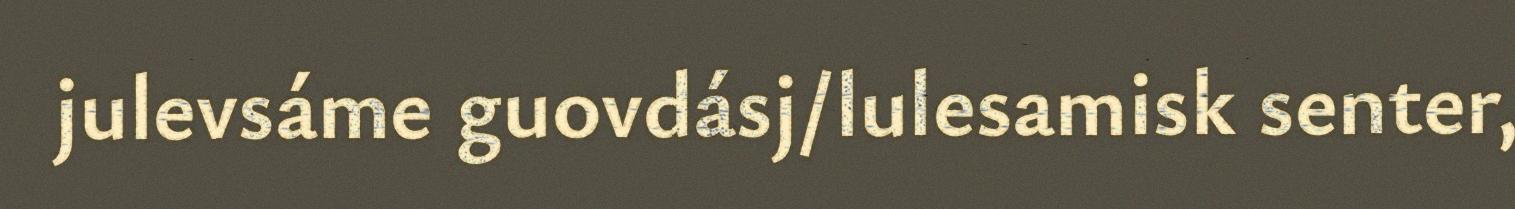
julevsáme guovdásj/lulesamisk senter,